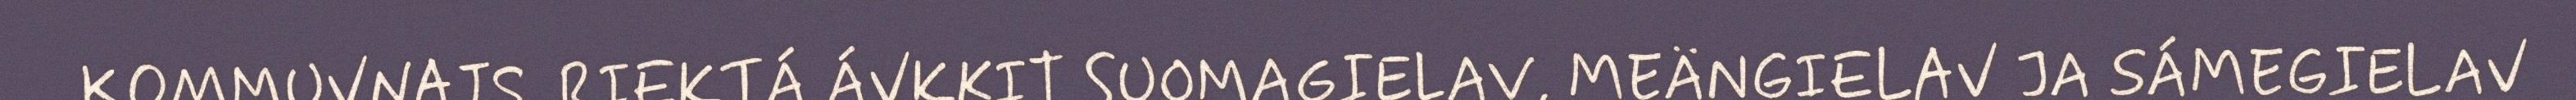
KOMMUVNAJS. RIEKTÁ ÁVKKIT SUOMAGIELAV, MEÄNGIELAV JA SÁMEGIELAV